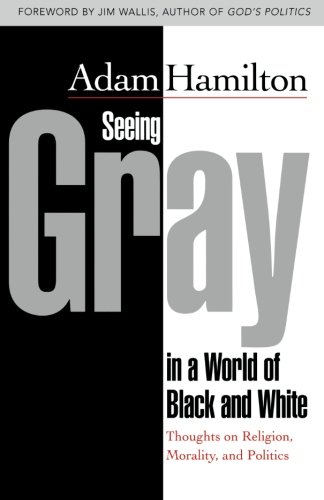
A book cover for Seeing Gray in a World of Black and White: Thoughts on Religion, Morality, and Politics; Adam Hamilton; Religion & Spirituality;